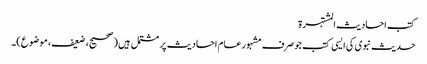
کتب احادیث المشتہرۃ
حدیث نبوی کی ایسی کتب جو صرف مشہور عام احادیث پر مشتمل ہیں (صحیح، ضعیف، موضوع)۔